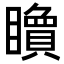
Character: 𥌔